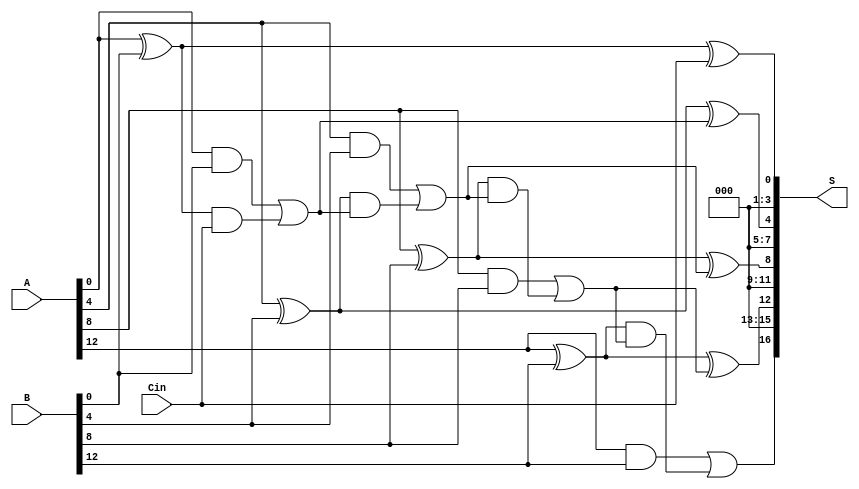
module han_carlson_adder #(parameter N = 16) (
    input  [N-1:0] A,      // First n-bit input
    input  [N-1:0] B,      // Second n-bit input
    input  Cin,            // Carry-in
    output [N:0] S         // (n+1)-bit output
);

    // Number of groups
    localparam GROUP_SIZE = 4;
    localparam NUM_GROUPS = N / GROUP_SIZE;

    // Internal signals
    wire [NUM_GROUPS-1:0] G; // Generate signals
    wire [NUM_GROUPS-1:0] P; // Propagate signals
    wire [NUM_GROUPS:0] C;    // Carry signals

    // Generate and propagate for each group
    genvar i;
    generate
        for (i = 0; i < NUM_GROUPS; i = i + 1) begin : group
            wire [GROUP_SIZE-1:0] a_group = A[i*GROUP_SIZE +: GROUP_SIZE];
            wire [GROUP_SIZE-1:0] b_group = B[i*GROUP_SIZE +: GROUP_SIZE];

            assign G[i] = a_group & b_group; // Generate
            assign P[i] = a_group ^ b_group; // Propagate
        end
    endgenerate

    // Carry generation
    assign C[0] = Cin; // Initial carry-in
    generate
        for (i = 0; i < NUM_GROUPS; i = i + 1) begin : carry_gen
            if (i == 0) begin
                assign C[i+1] = G[i] | (P[i] & C[i]); // Carry-out for the first group
            end else begin
                assign C[i+1] = G[i] | (P[i] & C[i]); // Carry-out for subsequent groups
            end
        end
    endgenerate

    // Sum calculation
    generate
        for (i = 0; i < NUM_GROUPS; i = i + 1) begin : sum_calc
            wire [GROUP_SIZE-1:0] a_group = A[i*GROUP_SIZE +: GROUP_SIZE];
            wire [GROUP_SIZE-1:0] b_group = B[i*GROUP_SIZE +: GROUP_SIZE];

            assign S[i*GROUP_SIZE +: GROUP_SIZE] = P[i] ^ C[i]; // Sum for each group
        end
    endgenerate

    // Final carry-out
    assign S[N] = C[NUM_GROUPS]; // Final carry-out

endmodule